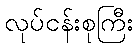
လုပ်ငန်းစုကြီး